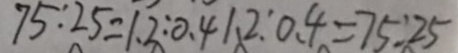
7 5 : 2 5 = 1 . 2 : 0 . 4 1 . 2 : 0 . 4 = 7 5 : 2 5